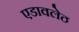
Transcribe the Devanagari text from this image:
एडावलेठ